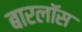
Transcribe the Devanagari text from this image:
बारलॉस